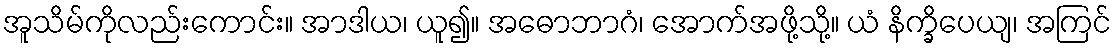
အူသိမ်ကိုလည်းကောင်း။ အာဒါယ၊ ယူ၍။ အဓောဘာဂံ၊ အောက်အဖို့သို့။ ယံ နိက္ခိပေယျ၊ အကြင်